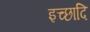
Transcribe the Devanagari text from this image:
इच्छादि